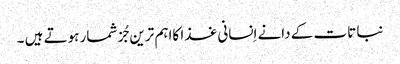
نبا تات کے دانے اِنسانی غذا کااہم ترین جُز شمار ہوتے ہیں ۔